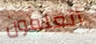
أتعلمون